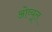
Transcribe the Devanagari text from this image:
ओव्यूल